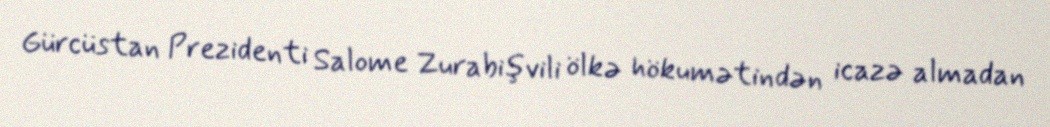
Gürcüstan Prezidenti Salome Zurabişvili ölkə hökumətindən icazə almadan